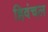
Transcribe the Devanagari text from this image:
हिवंचल